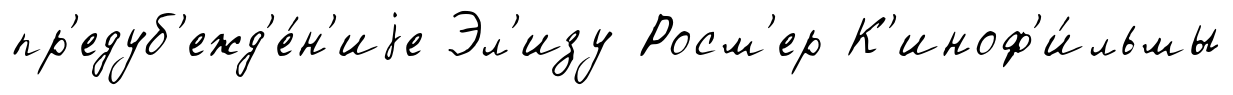
пр'едуб'ежд'е́н'иjе Эл'изу Росм'ер К'иноф'и́льмы